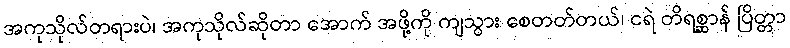
အကုသိုလ်တရားပဲ၊ အကုသိုလ်ဆိုတာ အောက် အဖို့ကို ကျသွား စေတတ်တယ်၊ ငရဲ တိရစ္ဆာန် ပြိတ္တာ